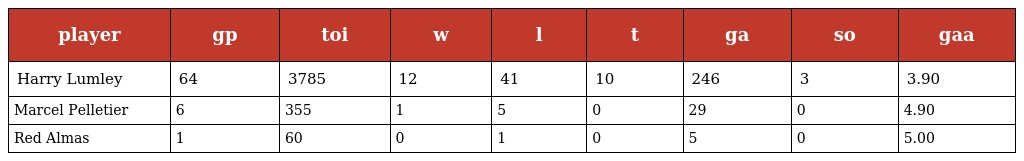
| player | gp | toi | w | l | t | ga | so | gaa |
 | --- | --- | --- | --- | --- | --- | --- | --- | --- |
 | Harry Lumley | 64 | 3785 | 12 | 41 | 10 | 246 | 3 | 3.90 |
 | Marcel Pelletier | 6 | 355 | 1 | 5 | 0 | 29 | 0 | 4.90 |
 | Red Almas | 1 | 60 | 0 | 1 | 0 | 5 | 0 | 5.00 |